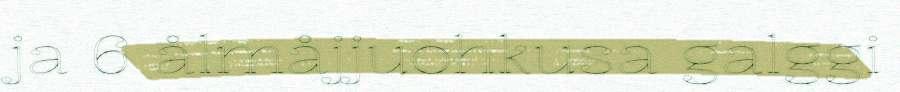
ja 6 ålmåjjuohkusa galggi